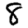
Digit: 8